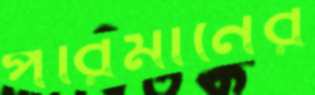
পরিমানের